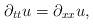
LaTeX: \begin{align*}\partial_{tt} u = \partial_{xx} u,\end{align*}